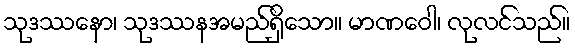
သုဒဿနော၊ သုဒဿနအမည်ရှိသော။ မာဏဝေါ၊ လုလင်သည်။